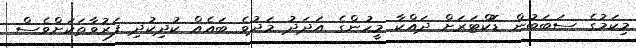
މިކަމުގެ ސަބަބުން ޑޮކްޓަރަށް ދައްކާ މީހުންގެ އަދަދު މަދުވެ ބައެއް ކުދިކުދި ފަރުވާތަކަށްވެސް